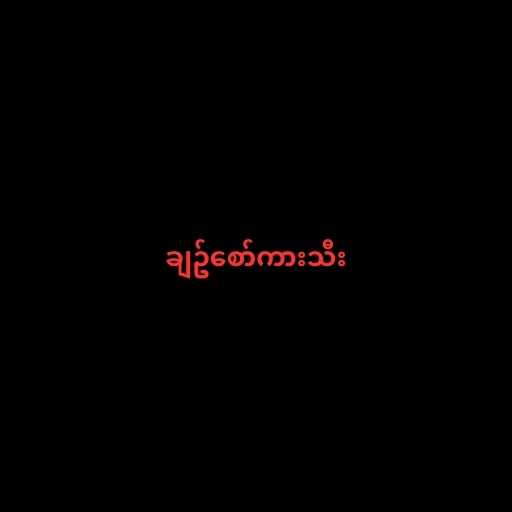
ချဥ်စော်ကားသီး